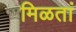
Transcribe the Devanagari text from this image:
मिळतां